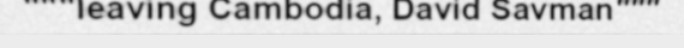
"""leaving Cambodia, David Savman"""